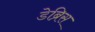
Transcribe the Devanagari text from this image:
डेब्रिस